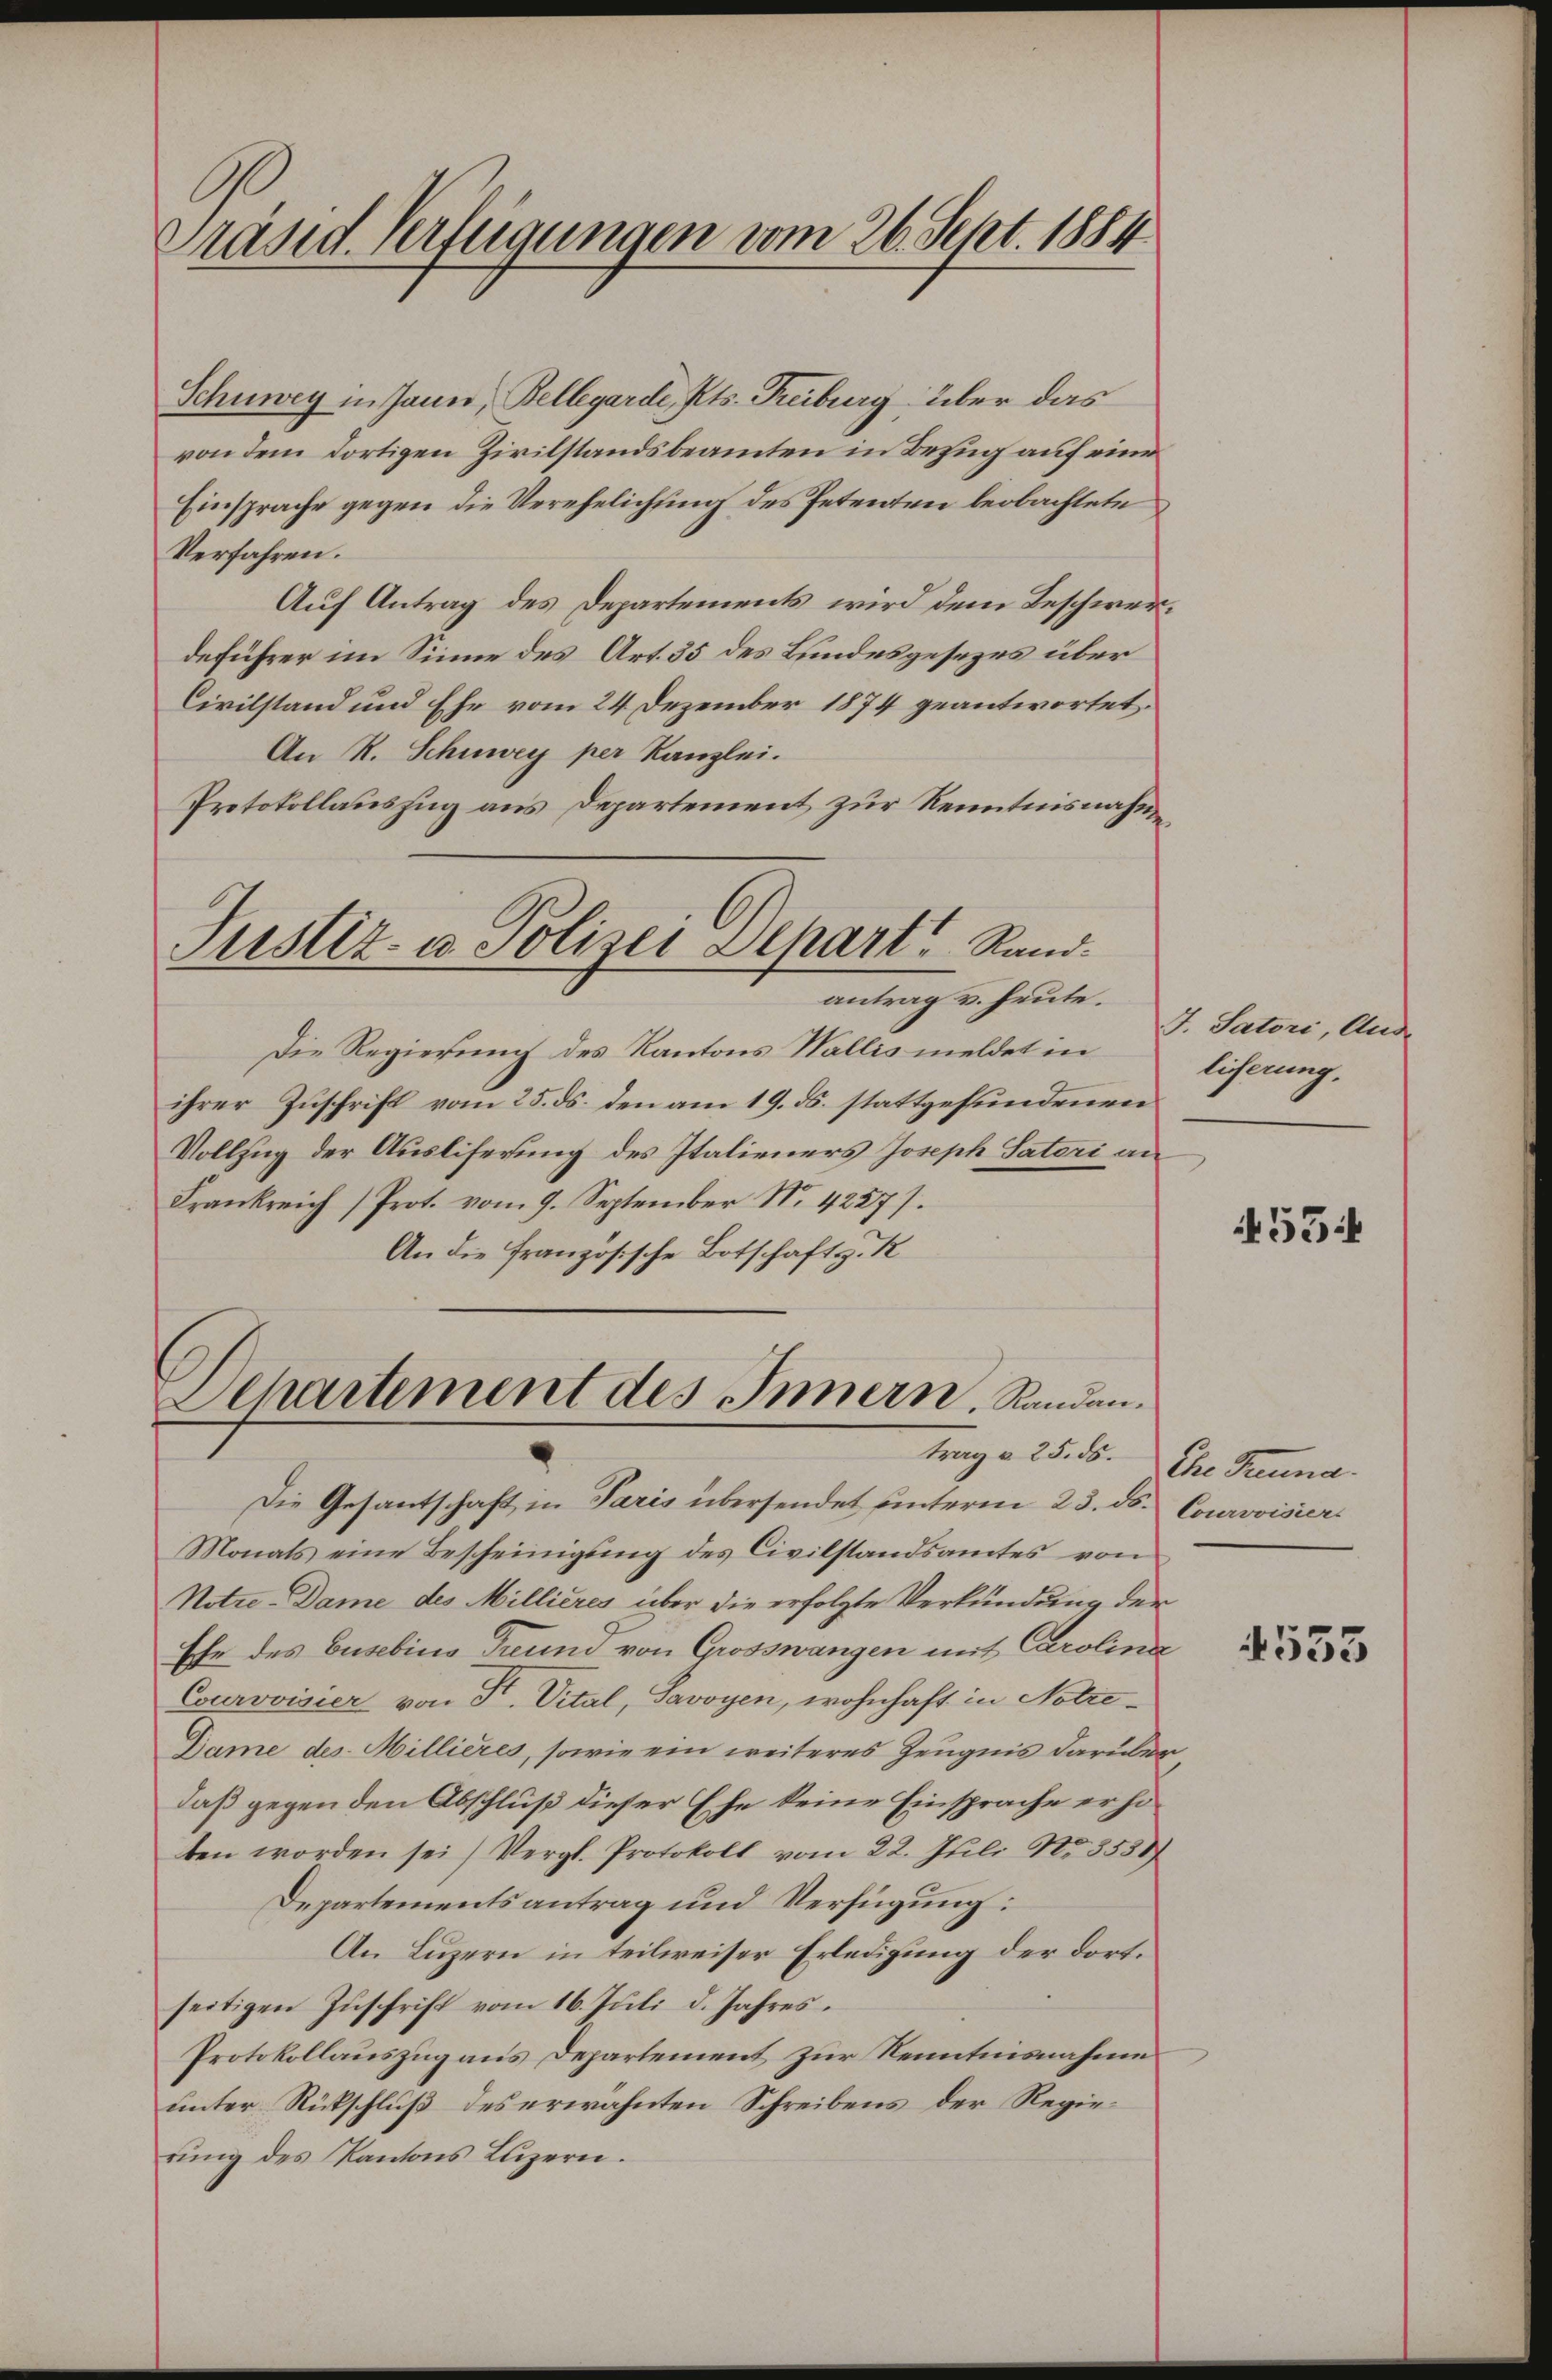
Präsid. Verfügungen vom 26. Sept. 1884.

Schuwey in Janer, Bellegarde, Kts. Treiburg über das
von dem dortigen Zivilstandsbeamten in Bezug auf eine
Einsprache gegen die Verehelichung des Petenten beobachtete
Verfahren.
Auf Antrag des Departements wird dem Beschwerdeführer im Sinne des Art. 35 des Bundesgesezes über
Civilstand und Ehe vom 24. Dezember 1874 geantwortet.
An R. Schuwey per Kanzlei.
Protokollauszug aus Departement zur Kenntnisnahme

Justiz- u. Polizei Depart Rand.

antrag v. heute.
Die Regierung des Kantons Wallis meldet in
ihrer Zuschrift vom 25. ds. den am 19. ds. stattgefundenen
Vollzug der Ausliferung des Italieners Joseph Sateri an¬
Frankreich (Prot. vom 9. September N. 4227).
An die französische Botschaftsg. K

Departement des Innern, Randen.
trag u. 25. ds.

Die Gesandtschaft in Paris übersendet unterm 23. ds. Courovisier
Monats eine Bescheinigung des Civilstandsamtes von
Notze-Dame des Millieres über die erfolgte Verkündung der
Ehe des Gusebins Freund von Grosswangen mit Carolina
Courvoisier von Fr. Vital, Savoyen, wohnhaft in Notre¬
Dame des Millieres, sowie ein weiteres Zeugnis darüber
daß gegen den Abschluß dieser Ehe keine Einsprache erhoten worden sei) Vergl. Protokoll vom 22. Juli No. 3558
Departementsantrag und Verfügung:
An Luzern in teilweiser Erledigung der dort.
seitigen Zuschrift vom 16. Juli d. Jahres.
Protokollauszug aus Departement zur Kenntnisnahme
unter Rückschluß des erwähnten Schreibens der Regierung des Kantons Luzern.

J. Satori, Aus
licherung.

55

Ehe Trauna

4553